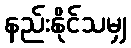
နည်းနိုင်သမျှ